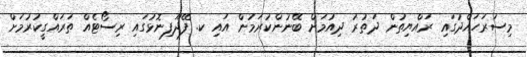
މިސަރަހައްދުގައި ރައްޔިތުން ދަތުރު ދިއުމަށް ބޭނުންކުރަމުން އައި ކ. ފޭދޫފިނޮޅުގައި ރިސޯޓެއް ތަރައްގީކުރުމަށް